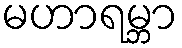
မဟာရမ္ဘာ